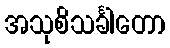
အသုစိသင်္ခါတော